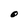
Character: O